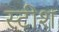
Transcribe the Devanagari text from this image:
स्टीश